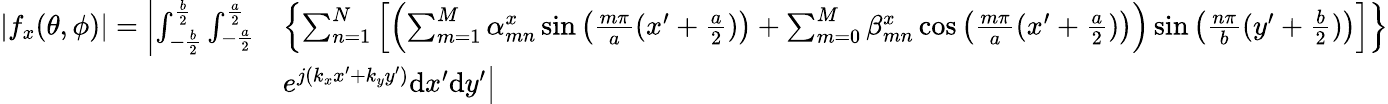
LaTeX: \begin{array}{rl}{\left|f_{x}(\theta,\phi)\right|=\left|\int_{-\frac{b}{2}}^{\frac{b}{2}}{\int_{-\frac{a}{2}}^{\frac{a}{2}}}\right.}&{\left\{ \sum_{n=1}^{N}\left[\left(\sum_{m=1}^{M}\alpha_{mn}^{x}\sin\left(\frac{m\pi}{a}(x^{\prime}+\frac{a}{2})\right)+\sum_{m=0}^{M}\beta_{mn}^{x}\cos\left(\frac{m\pi}{a}(x^{\prime}+\frac{a}{2})\right)\right)\sin\left(\frac{n\pi}{b}(y^{\prime}+\frac{b}{2})\right)\right]\right\} }\\ &{\left.e^{j(k_{x}x^{\prime}+k_{y}y^{\prime})}\mathrm{d}x^{\prime}\mathrm{d}y^{\prime}\right|}\end{array}